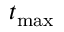
t _ { \mathrm { m a x } }